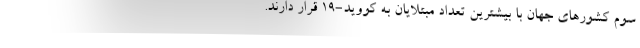
سوم کشورهای جهان با بیشترین تعداد مبتلایان به کووید-۱۹ قرار دارند.